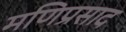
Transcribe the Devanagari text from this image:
मणिप्रसाद